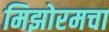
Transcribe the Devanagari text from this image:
मिझोरमचा